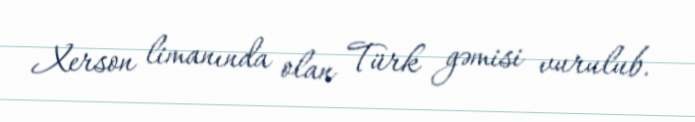
Xerson limanında olan Türk gəmisi vurulub.